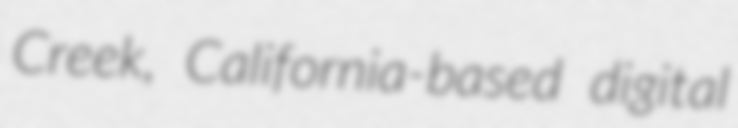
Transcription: Creek, California-based digital